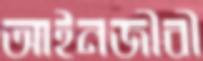
আইনজীবী